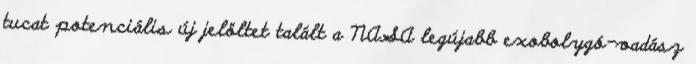
tucat potenciális új jelöltet talált a NASA legújabb exobolygó-vadász